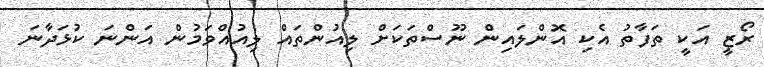
ރޯޒީ އަކީ ތަފާތު އެކި އޮންލައިން ނޫސްތަކަށް ލިއުންތައް ލިއުއްވަމުން އަންނަ ކުޅަދާނަ